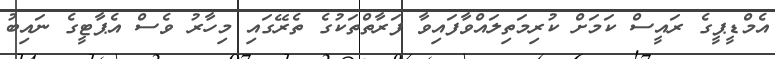
އެމްޑީޕީގެ ރައީސް ކަމަށް ކުރިިމަތިލައްވާފައިވާ ފަރާތްތަކުގެ ތެރޭގައި މިހާރު ވެސް އެޕާޓީގެ ނައިބު